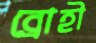
ব্রোহী